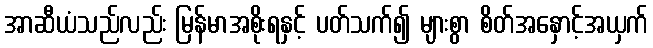
အာဆီယံသည်လည်း မြန်မာအစိုးရနှင့် ပတ်သက်၍ များစွာ စိတ်အနှောင့်အယှက်